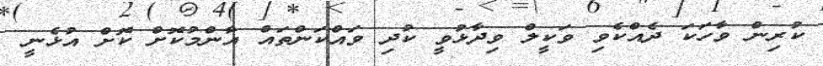
ކުރިން ވާހަކަ ދެއްކެވި ވަކީލް ވިދާޅުވީ ކުދި ވައްކަންތައް އާންމުކޮށް ކޮށް އުޅެނީ